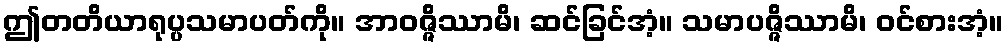
ဤတတိယာရုပ္ပသမာပတ်ကို။ အာဝဇ္ဇိဿာမိ၊ ဆင်ခြင်အံ့။ သမာပဇ္ဇိဿာမိ၊ ဝင်စားအံ့။